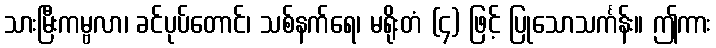
သားမြီးကမ္ဗလာ၊ ခင်ပုပ်တောင်၊ သစ်နက်ရေ၊ မရိုးတံ (၄) ဖြင့် ပြုသောသင်္ကန်း။ ဤကား